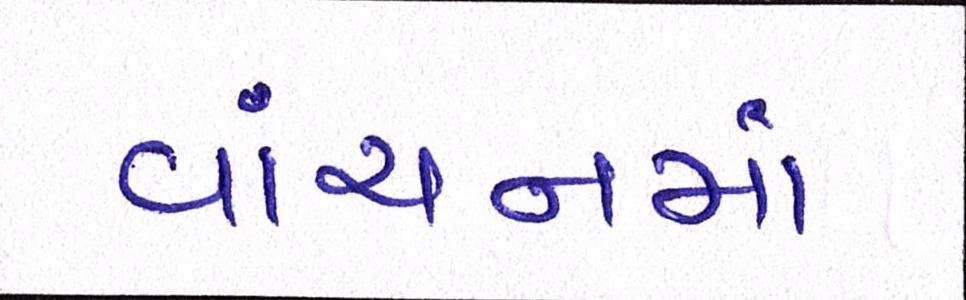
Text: વાંચનમાં